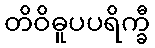
တိဝိဓူပပရိက္ခီ